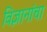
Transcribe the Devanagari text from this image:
विज्ञानांचा